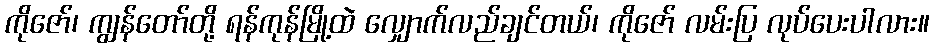
ကိုဇော်၊ ကျွန်တော်တို့ ရန်ကုန်မြို့ထဲ လျှောက်လည်ချင်တယ်၊ ကိုဇော် လမ်းပြ လုပ်ပေးပါလား။